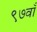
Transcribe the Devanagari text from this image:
९७वाँ